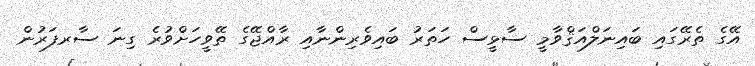
އޭގެ ތެރޭގައި ބައިނަލްއަޤްވާމީ ސާޅީސް ހަތަރު ބައިވެރިންނާއި ރާއްޖޭގެ ތޭވީހަށްވުރެ ގިނަ ސާރފަރުން